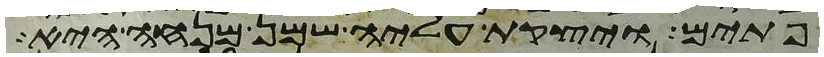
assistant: פתים ויצקת עליה שמן מנחה היא